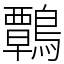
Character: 鷣